65_HS1-834228961_62-HQ-83894_Section_6
Agency: FBI
Page 90
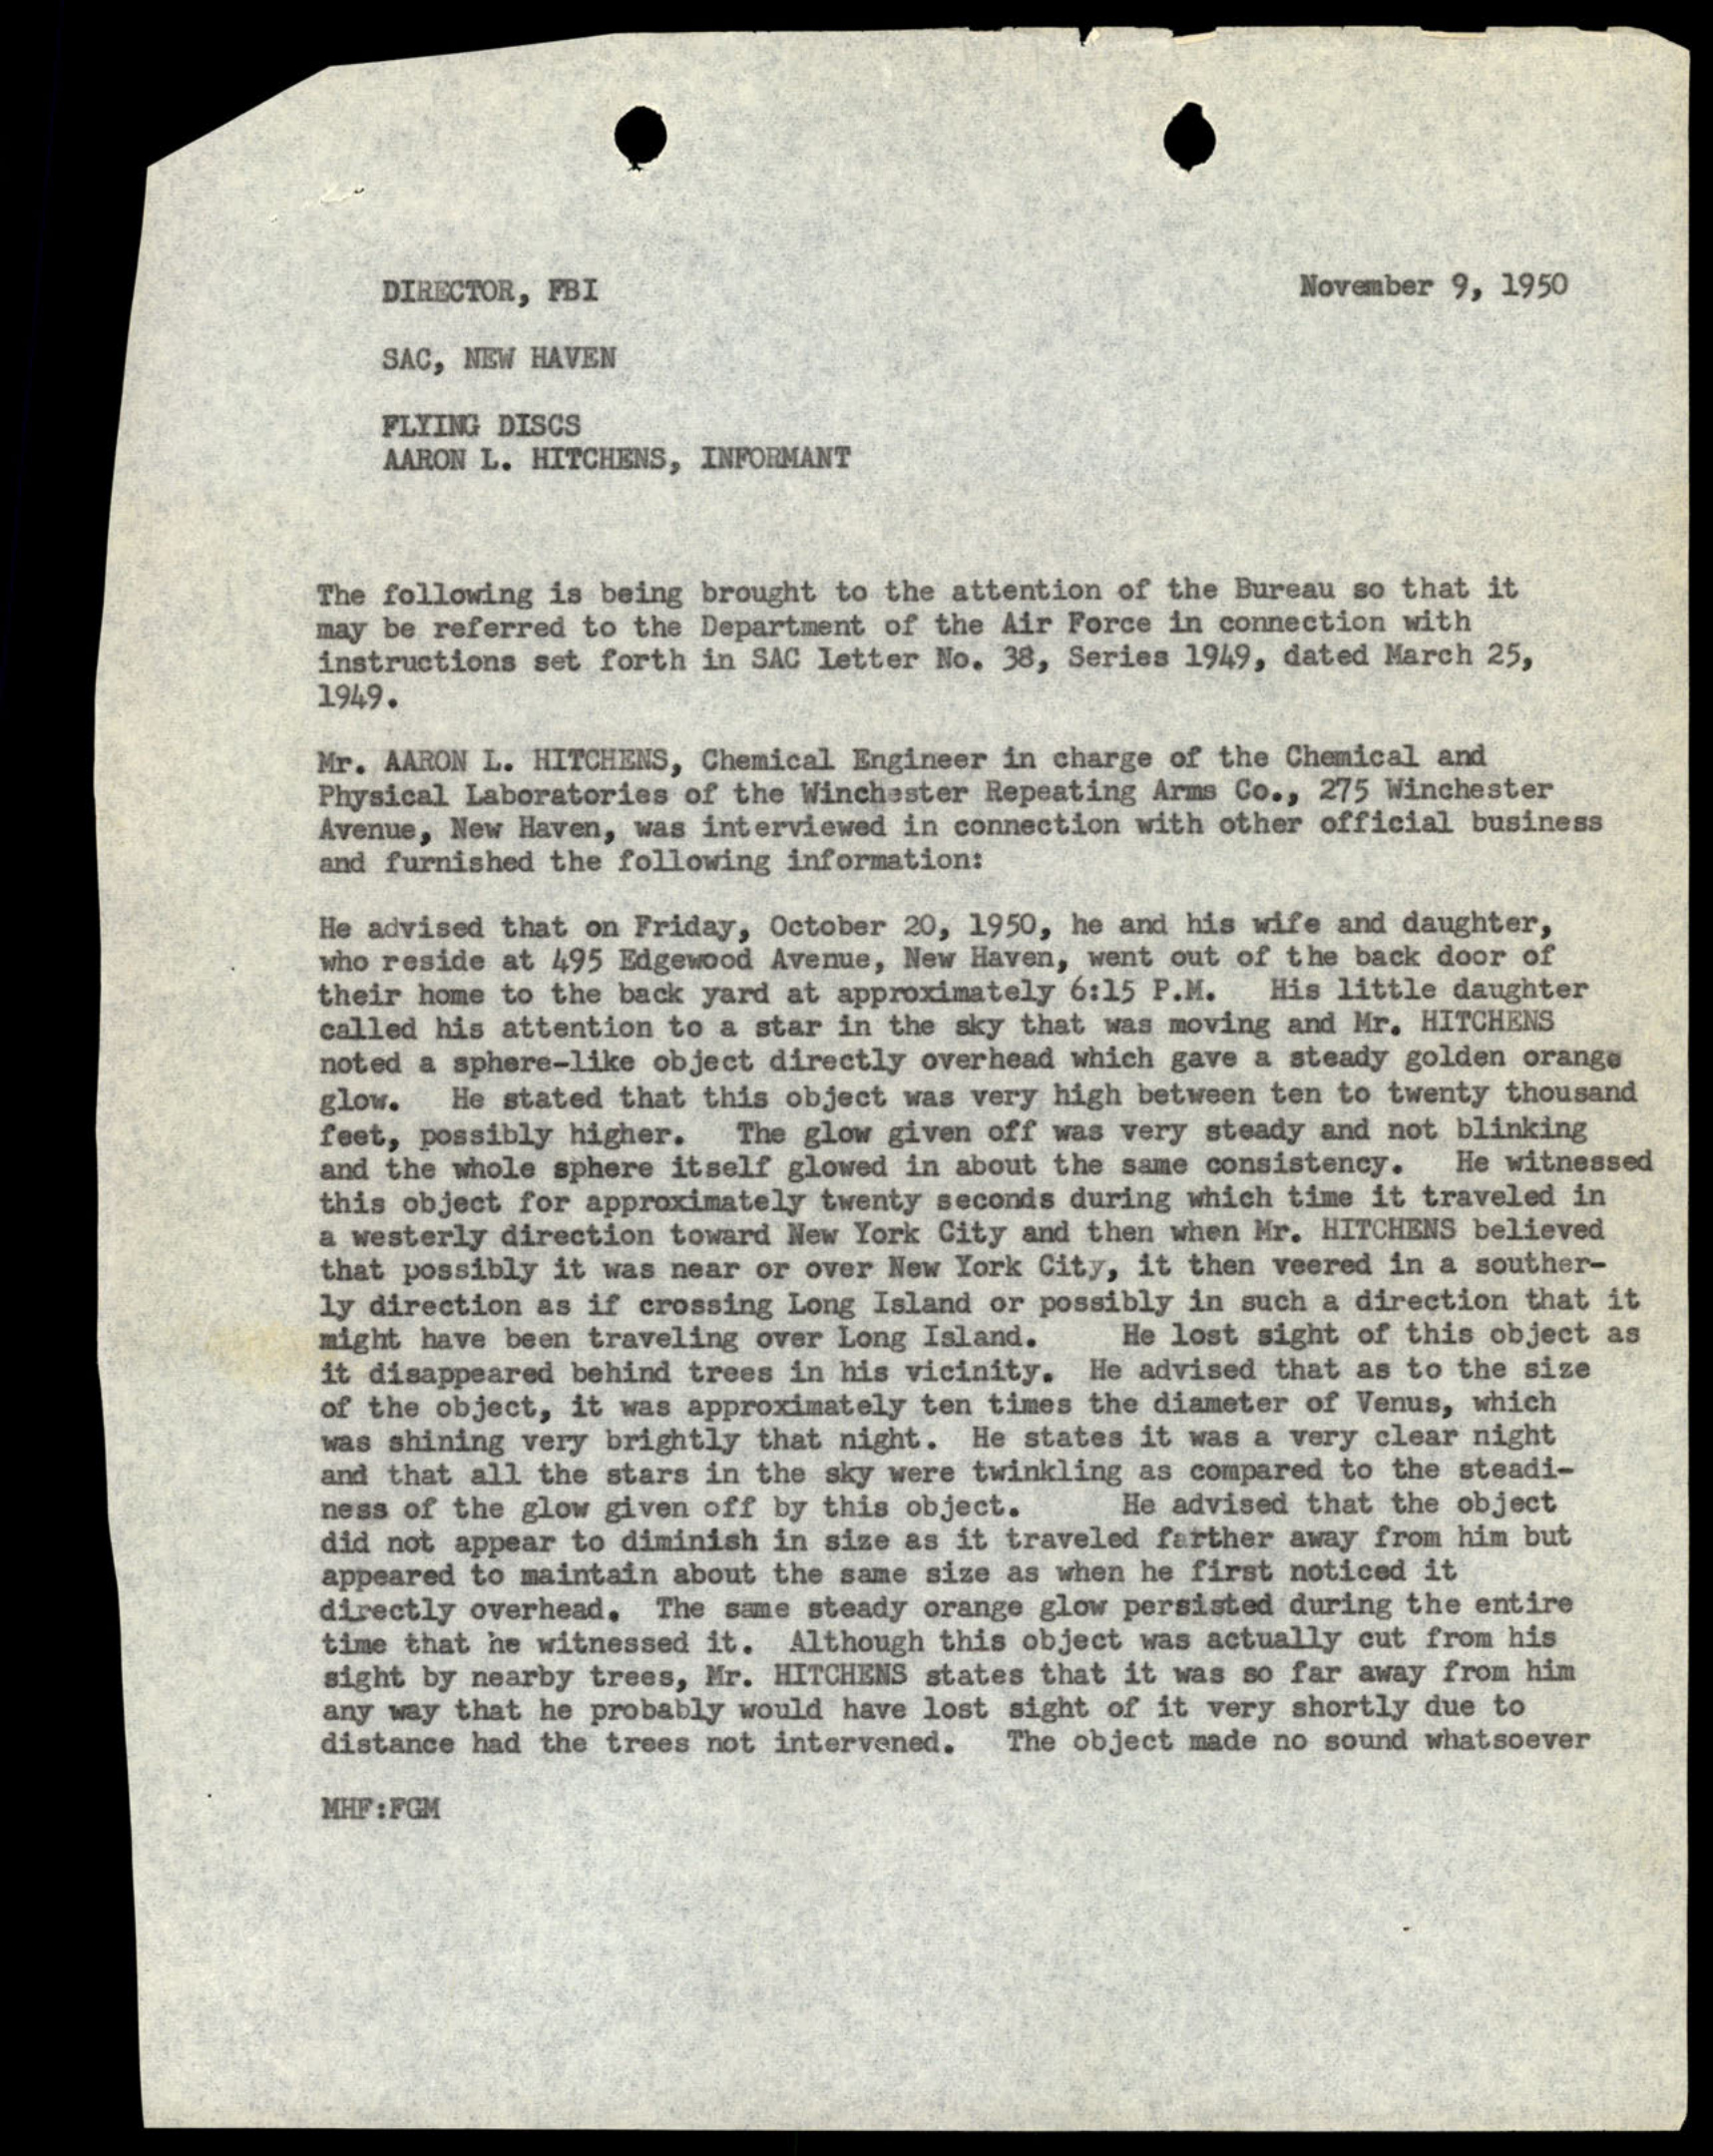